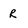
Character: r